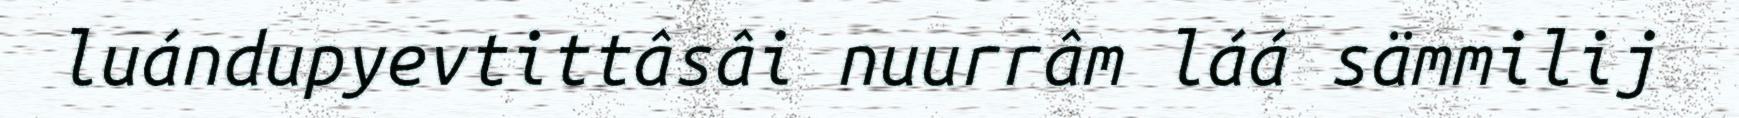
luándupyevtittâsâi nuurrâm láá sämmilij